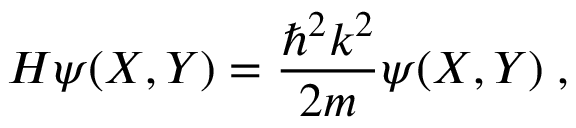
H \psi ( X , Y ) = \frac { \hbar ^ { 2 } k ^ { 2 } } { 2 m } \psi ( X , Y ) \; ,